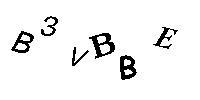
B3VBBE